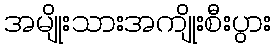
အမျိုးသားအကျိုးစီးပွား